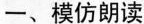
一、模仿朗读